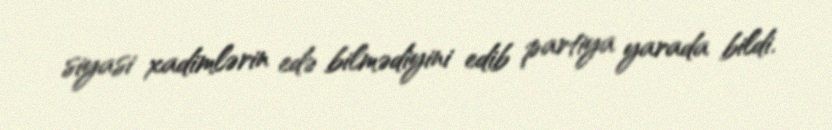
siyasi xadimlərin edə bilmədiyini edib partiya yarada bildi.